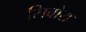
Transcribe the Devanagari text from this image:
सिबोरा